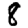
Digit: 8